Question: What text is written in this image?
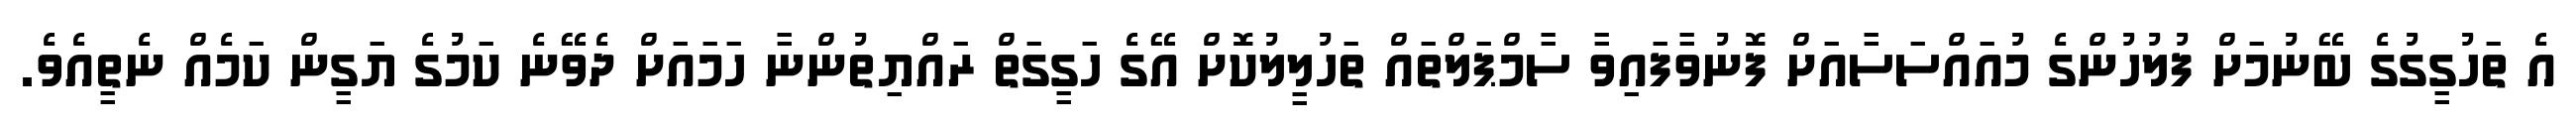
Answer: އެ ތަހުގީގުގެ ބޭނުމަށް ފުލުހުންގެ މުއައްސަސާއަށް ފޮނުވާފައިވާ ސާމްޕަލްތައް ތަހުލީލުކޮށް އޭގެ ހަގީގަތް ރައްޔިތުންނާ ހަމައަށް ދެވޭނެ ކަމުގެ ޔަގީން ކަމެއް ނެތީއެވެ.